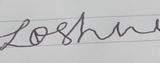
Signature authenticity: forged